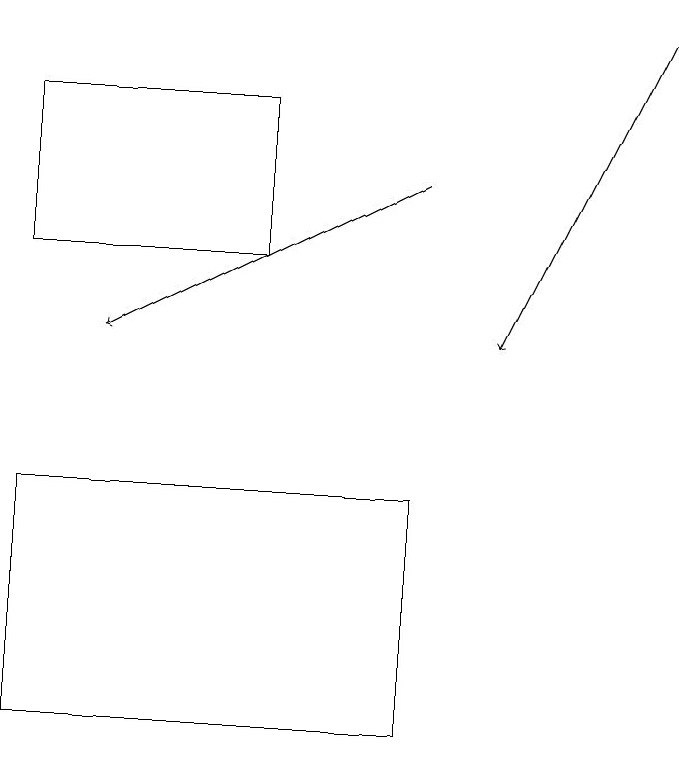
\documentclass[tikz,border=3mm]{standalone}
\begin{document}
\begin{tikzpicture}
\draw (1,16) rectangle (4,18);
\draw (6,13) rectangle (1,10);
\draw[->] (9,19) -- (7,15);
\draw[->] (6,17) -- (2,15);
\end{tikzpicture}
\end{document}